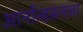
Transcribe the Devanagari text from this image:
आर्नोल्डसनला